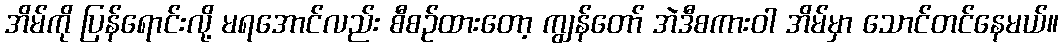
အိမ်ကို ပြန်ရောင်းလို့ မရအောင်လည်း စီစဉ်ထားတော့ ကျွန်တော် အဲဒီစကားဝါ အိမ်မှာ သောင်တင်နေမယ်။